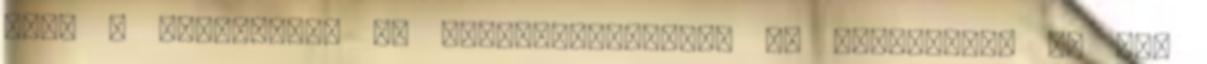
hogy a csomagokat és példaprogramokat is láthassuk. Ha nem